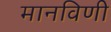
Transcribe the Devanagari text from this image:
मानविणी